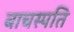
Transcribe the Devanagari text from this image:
बाचस्पति